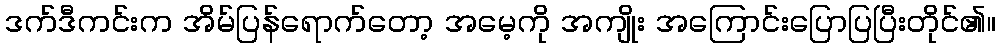
ဒက်ဒီကင်းက အိမ်ပြန်ရောက်တော့ အမေ့ကို အကျိုး အကြောင်းပြောပြပြီးတိုင်၏။